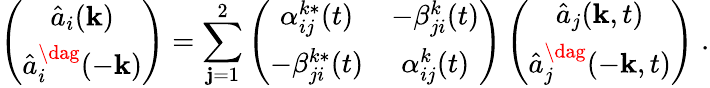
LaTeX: \left(\begin{array}{c}{{\hat{a}_{i}({\mathbf k})}}\\ {{\hat{a}_{i}^{\dag}(-{\mathbf k})}}\end{array}\right)=\sum_{\mathbf{j}=1}^{2}\left(\begin{array}{cc}{{\alpha_{ij}^{k\ast}(t)}}&{{-\beta_{ji}^{k}(t)}}\\ {{-\beta_{ji}^{k\ast}(t)}}&{{\alpha_{ij}^{k}(t)}}\end{array}\right)\left(\begin{array}{c}{{\hat{a}_{j}({\mathbf k},t)}}\\ {{\hat{a}_{j}^{\dag}(-{\mathbf k},t)}}\end{array}\right)\; .